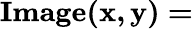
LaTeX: \mathbf{Image(x,y)=}